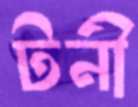
টনী